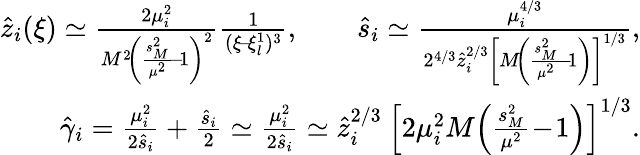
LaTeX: \begin{array}{r}{\hat{z}_{i}(\xi)\simeq\frac{2\mu_{i}^{2}}{M^{2}\! \left(\frac{s_{{\scriptscriptstyle M}}^{2}}{\mu^{2}}\! -\! 1\right)^{2}}\frac 1{(\xi\! -\! \xi_{l}^{1})^{3}},\qquad\hat{s}_{i}\simeq\frac{\mu_{i}^{4/3}}{2^{4/3}\hat{z}_{i}^{2/3}\left[M\! \left(\frac{s_{{\scriptscriptstyle M}}^{2}}{\mu^{2}}\! -\! 1\right)\right]^{1/3}},}\\ {\hat{\gamma}_{i}=\frac{\mu_{i}^{2}}{2\hat{s}_{i}}+\frac{\hat{s}_{i}}2\simeq\frac{\mu_{i}^{2}}{2\hat{s}_{i}}\simeq\hat{z}_{i}^{2/3}\: \left[2\mu_{i}^{2}M\! \left(\frac{s_{{\scriptscriptstyle M}}^{2}}{\mu^{2}}\! -\! 1\right)\right]^{1/3}.}\end{array}